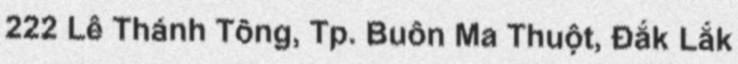
222 Lê Thánh Tông, Tp. Buôn Ma Thuột, Đắk Lắk